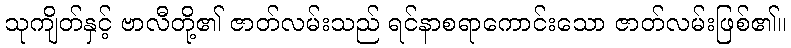
သုကျိတ်နှင့် ဗာလီတို့၏ ဇာတ်လမ်းသည် ရင်နာစရာကောင်းသော ဇာတ်လမ်းဖြစ်၏။